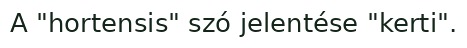
A "hortensis" szó jelentése "kerti".